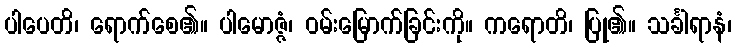
ပါပေတိ၊ ရောက်စေ၏။ ပါမောဇ္ဇံ၊ ဝမ်းမြောက်ခြင်းကို။ ကရောတိ၊ ပြု၏။ သင်္ခါရာနံ၊